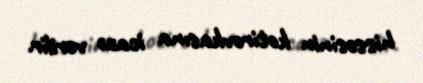
hissəsinin kotirovkasına icazə verilir.